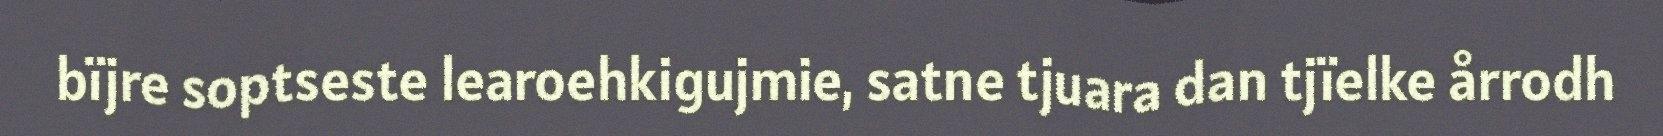
bïjre soptseste learoehkigujmie, satne tjuara dan tjïelke årrodh